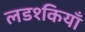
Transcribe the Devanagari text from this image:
लड१कियाँ